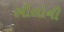
ભીલોની